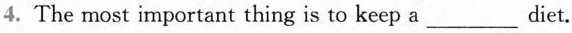
4. The most important thing is to keep a ___diet.